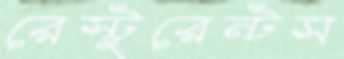
রেস্টুরেন্টস